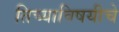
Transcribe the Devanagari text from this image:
तिच्याविषयीचे